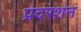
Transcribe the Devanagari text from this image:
प्रदरशन